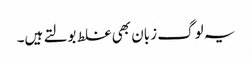
یہ لوگ زبان بھی غلط بولتے ہیں۔